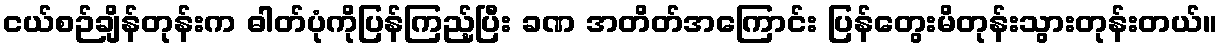
ငယ်စဉ်ချိန်တုန်းက ဓါတ်ပုံကိုပြန်ကြည့်ပြီး ခဏ အတိတ်အကြောင်း ပြန်တွေးမိတုန်းသွားတုန်းတယ်။